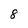
Character: 8